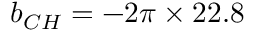
b _ { C H } = - 2 \pi \times 2 2 . 8